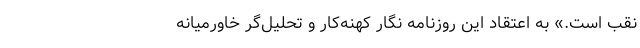
نقب است.» به اعتقاد این روزنامه نگار کهنه‌کار و تحلیل‌گر خاورمیانه